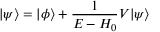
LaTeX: | \psi \rangle = | \phi \rangle + { \frac { 1 } { E - H _ { 0 } } } V | \psi \rangle